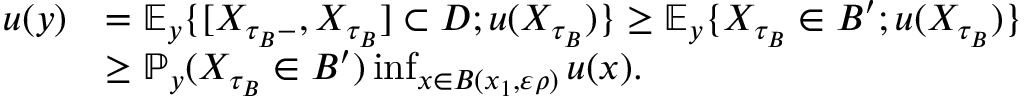
\begin{array} { r l } { u ( y ) } & { = \ensuremath { \mathbb { E } } _ { y } \{ [ X _ { \tau _ { B } - } , X _ { \tau _ { B } } ] \subset D ; u ( X _ { \tau _ { B } } ) \} \geq \ensuremath { \mathbb { E } } _ { y } \{ X _ { \tau _ { B } } \in B ^ { \prime } ; u ( X _ { \tau _ { B } } ) \} } \\ & { \geq \mathbb { P } _ { y } ( X _ { \tau _ { B } } \in B ^ { \prime } ) \operatorname* { i n f } _ { x \in B ( x _ { 1 } , \varepsilon \rho ) } u ( x ) . } \end{array}